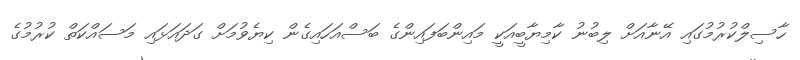
ހާސިލްކުރުމުގައި އޭނާއަށް ލިބުނު ކާމިޔާބީއަކީ މައިންބަފައިންގެ ބަސްއަހައިގެން ކިޔެވުމަށް ގަދައަޅައި މަސައްކަތް ކުރުމުގެ